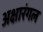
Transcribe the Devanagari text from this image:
अक्षारंगल